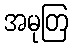
အမုတြ